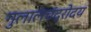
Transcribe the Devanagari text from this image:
गुलालचंद्रोदय